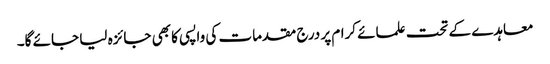
معاہدے کے تحت علمائے کرام پر درج مقدمات کی واپسی کا بھی جائزہ لیا جائے گا۔